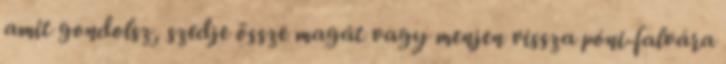
amit gondolsz, szedje össze magát vagy menjen vissza póni-falvára